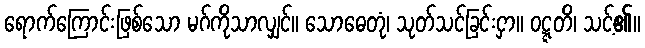
ရောက်ကြောင်းဖြစ်သော မဂ်ကိုသာလျှင်။ သောဓေတုံ၊ သုတ်သင်ခြင်းငှာ။ ဝဋ္ဋတိ၊ သင့်၏။